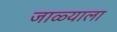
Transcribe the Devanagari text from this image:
जाळ्याला